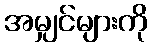
အမျှင်များကို